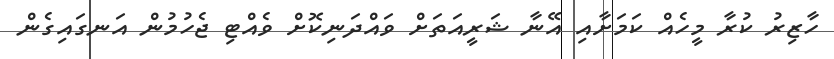
ހާޒިރު ކުރާ މީހެއް ކަމަށާއި އޭނާ ޝަރީއަތަށް ވައްދަނިކޮށް ވެއްޓި ޖެހުމުން އަނގައިގެން